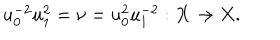
u _ { 0 } ^ { - 2 } u _ { 1 } ^ { 2 } = \nu = u _ { 0 } ^ { 2 } u _ { 1 } ^ { - 2 } : X \to X .